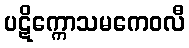
ပဋိက္ကောသမကေဝလီ